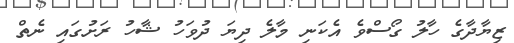
ޒިޔާދާގެ ހާލު ގޯސްވެ އެކަނި މާލެ ދިޔަ ދުވަހު ޝާހު ރަށުގައި ނެތް